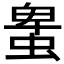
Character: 𧌠